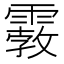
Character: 𩄿